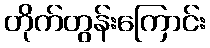
တိုက်တွန်းကြောင်း